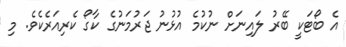
އެ ބޯޓަކީ ބޭރު ލައިނަށް ނުކުމެ އުޅުނު ޖަރުމަނުގެ ކާގޯ ކެރިއަރެކެވެ. މި